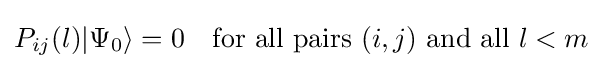
P_{ij}(l)|\Psi _{0}\rangle =0\quad {\text{for all pairs }}(i,j){\text{ and all }}l<m